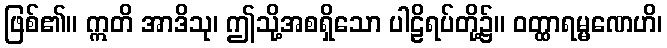
ဖြစ်၏။ ဣတိ အာဒိသု၊ ဤသို့အစရှိသော ပါဠိရပ်တို့၌။ ဝတ္ထာရမ္မဏေဟိ၊